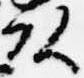
頭